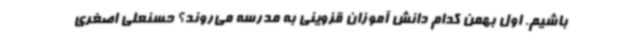
باشیم. اول بهمن کدام دانش آموزان قزوینی به مدرسه می‌روند؟ حسنعلی اصغری